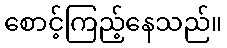
စောင့်ကြည့်နေသည်။